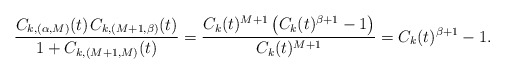
\begin{align*}\frac{C_{k,(\alpha,M)}(t) \kern+1pt C_{k,(M+1,\beta)}(t)}{1+C_{k,(M+1,M)}(t)} = \frac{C_k(t)^{M+1} \left( C_k(t)^{\beta+1} - 1 \right)}{C_k(t)^{M+1}} = C_k(t)^{\beta+1} - 1.\end{align*}